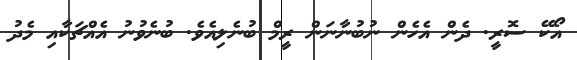
އޯކޭ ސޮރީ. ދެން އެހެން ނުބުނާނަން ރީމް ބުނެލިއެވެ. ބުނެވުނު އެއްޗަކާއި މެދު